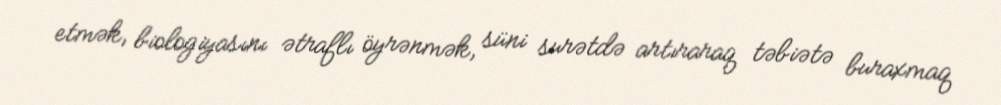
etmək, biologiyasını ətraflı öyrənmək, süni surətdə artıraraq təbiətə buraxmaq